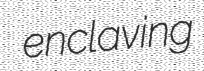
enclaving